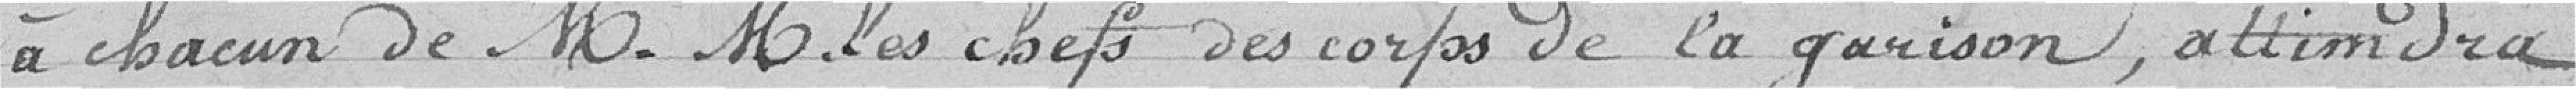
à chacun de Messieurs les chefs des corps de la garnison, atteindra